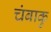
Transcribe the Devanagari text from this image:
चंबाकु